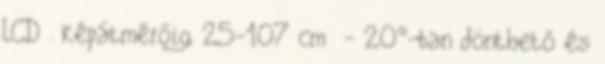
LCD . képátmérőig 25-107 cm - 20°-ban dönthető és